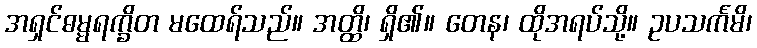
အရှင်ဓမ္မရက္ခိတ မထေရ်သည်။ အတ္ထိ၊ ရှိ၏။ တေန၊ ထိုအရပ်သို့။ ဥပသင်္ကမိ၊